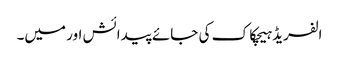
الفریڈ ہیچکاک کی جائے پیدائش اور میں۔